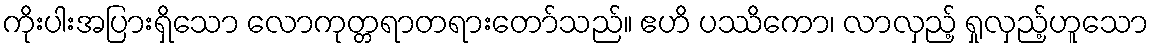
ကိုးပါးအပြားရှိသော လောကုတ္တရာတရားတော်သည်။ ဧဟိ ပဿိကော၊ လာလှည့် ရှုလှည့်ဟူသော